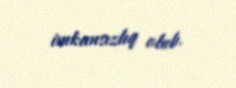
imkansızlıq olub.